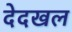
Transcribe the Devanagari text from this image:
देदखल